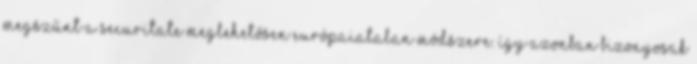
megszűnt a Securitate meglehetősen európaiatalan módszere. Így azonban bizonyosak